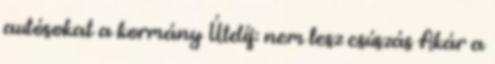
autósokat a kormány Útdíj: nem lesz csúszás Akár a